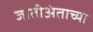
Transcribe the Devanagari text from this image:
जातीअंताच्या